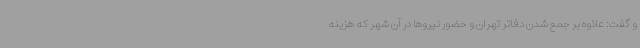
و گفت: علاوه بر جمع شدن دفاتر تهران و حضور نیروها در آن شهر که هزینه